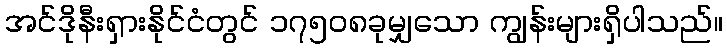
အင်ဒိုနီးရှားနိုင်ငံတွင် ၁၇၅၀၈ခုမျှသော ကျွန်းများရှိပါသည်။